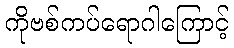
ကိုဗစ်ကပ်ရောဂါကြောင့်